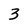
Character: 3